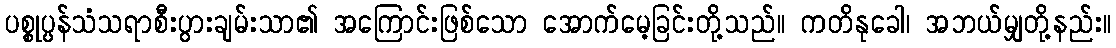
ပစ္စုပ္ပန်သံသရာစီးပွားချမ်းသာ၏ အကြောင်းဖြစ်သော အောက်မေ့ခြင်းတို့သည်။ ကတိနုခေါ၊ အဘယ်မျှတို့နည်း။